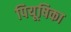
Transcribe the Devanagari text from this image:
पियूषिका